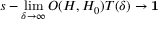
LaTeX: s - \operatorname * { l i m } _ { \delta \rightarrow \infty } O ( H , H _ { 0 } ) T ( \delta ) \rightarrow \mathbf { 1 }